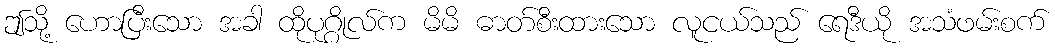
ဤသို့ ဟောပြီးသော အခါ ထိုပုဂ္ဂိုလ်က မိမိ ဓာတ်စီးထားသော လူငယ်သည် ရေဒီယို အသံဖမ်းစက်